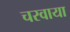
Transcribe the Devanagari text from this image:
चरवाया